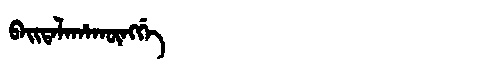
Manchu: ᠪᠠᡳᡨᠠᠯᠠᡥᠠᡴᡡᠩᡤᡝ
Romanization: BAITALAHAKŪNGGE